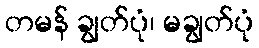
တမန် ချွတ်ပုံ၊ မချွတ်ပုံ